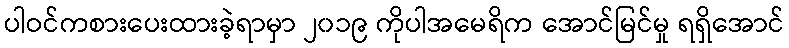
ပါဝင်ကစားပေးထားခဲ့ရာမှာ ၂၀၁၉ ကိုပါအမေရိက အောင်မြင်မှု ရရှိအောင်